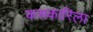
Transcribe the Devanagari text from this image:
कसकारिला